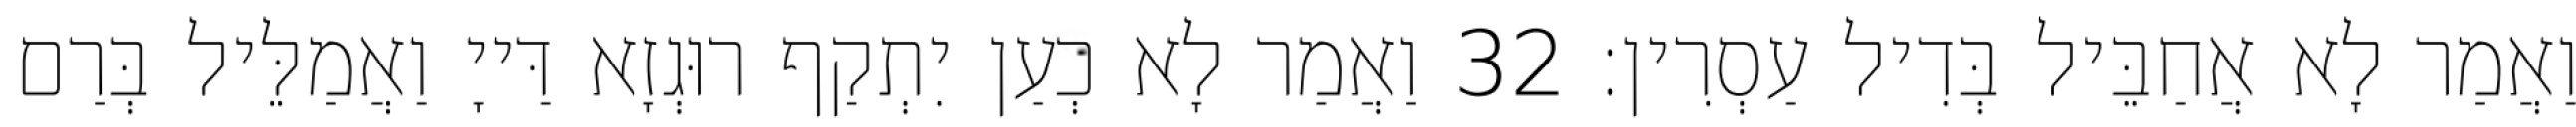
וַאֲמַר לָא אֲחַבֵּיל בְּדִיל עַסְרִין׃ 32 וַאֲמַר לָא כְעַן יִתְקַף רוּגְזָא דַּייָ וַאֲמַלֵּיל בְּרַם